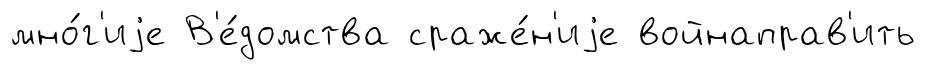
мно́г'иjе В'е́домства сраже́н'иjе войнаправ'ить